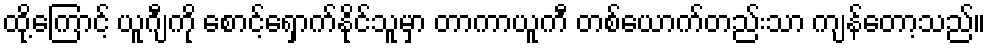
ထို့ကြောင့် ယူဂျီကို စောင့်ရှောက်နိုင်သူမှာ တာကာယူကီ တစ်ယောက်တည်းသာ ကျန်တော့သည်။